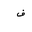
Letter: _fa